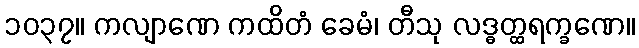
၁၀၃၇။ ကလျာဏေ ကထိတံ ခေမံ၊ တီသု လဒ္ဓတ္ထရက္ခဏေ။